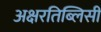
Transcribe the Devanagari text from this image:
अक्षरतिब्लिसी